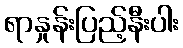
ရာနှုန်းပြည့်နီးပါး